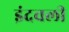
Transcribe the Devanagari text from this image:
इंदवली